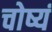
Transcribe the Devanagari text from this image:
चोष्यं